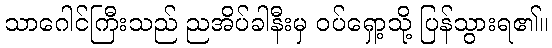
သာဂေါင်ကြီးသည် ညအိပ်ခါနီးမှ ဝပ်ရှော့သို့ ပြန်သွားရ၏။